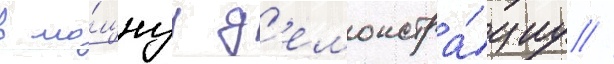
в мо́щнуу д'емонстра́циу //